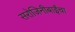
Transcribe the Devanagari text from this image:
सरोजिनीबाईंचा